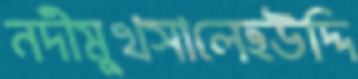
নদীমুখসালেহউদ্দি